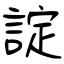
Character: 諚